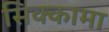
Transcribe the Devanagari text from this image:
सिक्कामा